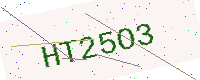
Text: HT25O3